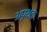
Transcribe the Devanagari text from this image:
अपृथक